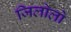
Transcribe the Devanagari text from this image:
जिलोलो